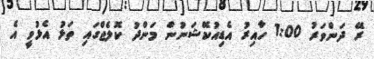
ރޭ ދަންވަރު 1:00 ހާއިރު އެޑިއުކޭޝަނުން މަންދު ކޮލެޖްގައި ތަޅު އެޅުވީ އެ